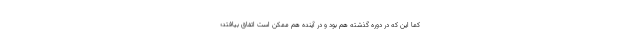
کما این که در دوره گذشته هم بود و در آینده هم ممکن است اتفاق بیافتد؛